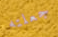
جعلته